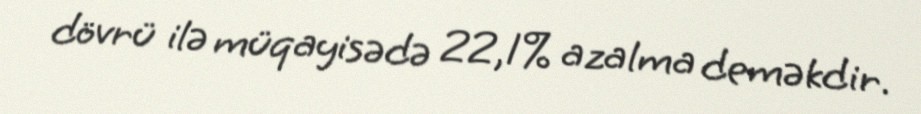
dövrü ilə müqayisədə 22,1% azalma deməkdir.